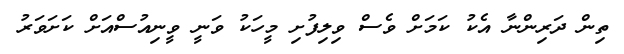
ތިން ދަރިންނާ އެކު ކަމަށް ވެސް ވިލިފުށި މީހަކު ވަނީ ވީނިއުސްއަށް ކަށަވަރު